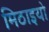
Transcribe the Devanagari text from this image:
मिठाइयो